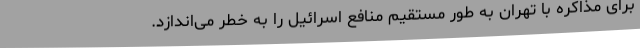
برای مذاکره با تهران به طور مستقیم منافع اسرائیل را به خطر می‌اندازد.